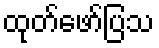
ထုတ်ဖော်ပြသ